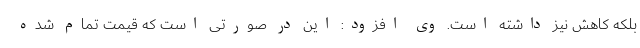
بلکه کاهش نیز داشته است. وی افزود: این در صورتی است که قیمت تمام شده